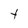
Character: t